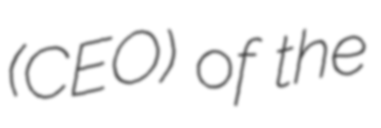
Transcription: (CEO) of the